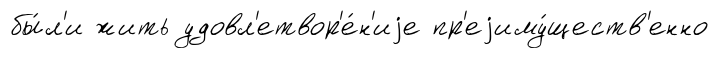
бы́л'и жить удовл'етвор'е́н'иjе пр'еjиму́ществ'енно